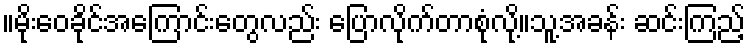
။မိုးဝေခိုင်အကြောင်းတွေလည်း ပြောလိုက်တာစုံလို့။သူ့အခန်း ဆင်းကြည့်